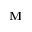
\mathbf { M }